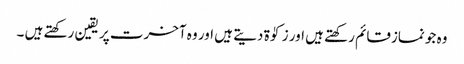
وہ جو نمازقائم رکھتے ہیں اور زکوٰۃ دیتے ہیں اور وہ آخرت پر یقین رکھتے ہیں ۔